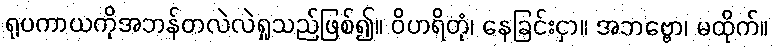
ရုပကာယကိုအဘန်တလဲလဲရှုသည်ဖြစ်၍။ ဝိဟရိတုံ၊ နေခြင်းငှာ။ အဘဗ္ဗော၊ မထိုက်။